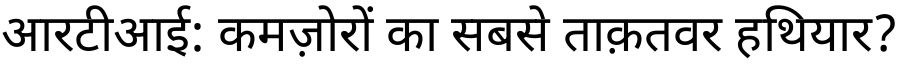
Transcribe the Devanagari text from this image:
आरटीआई: कमज़ोरों का सबसे ताक़तवर हथियार?